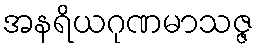
အနရိယဂုဏမာသဇ္ဇ